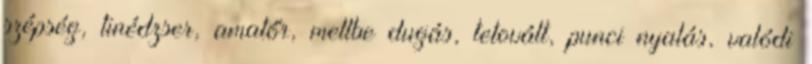
szépség, tinédzser, amatőr, mellbe dugás, tetovált, punci nyalás, valódi